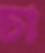
চা